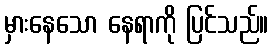
မှားနေသော နေရာကို ပြင်သည်။